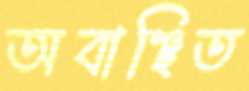
অবাঞ্ছিত